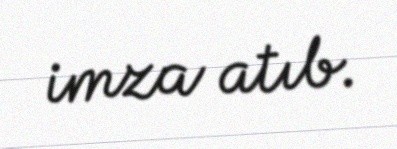
imza atıb.